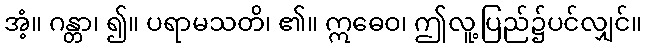
အံ့။ ဂန္တာ၊ ၍။ ပရာမသတိ၊ ၏။ ဣဓေဝ၊ ဤလူ့ပြည်၌ပင်လျှင်။